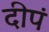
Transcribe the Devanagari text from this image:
दीपं